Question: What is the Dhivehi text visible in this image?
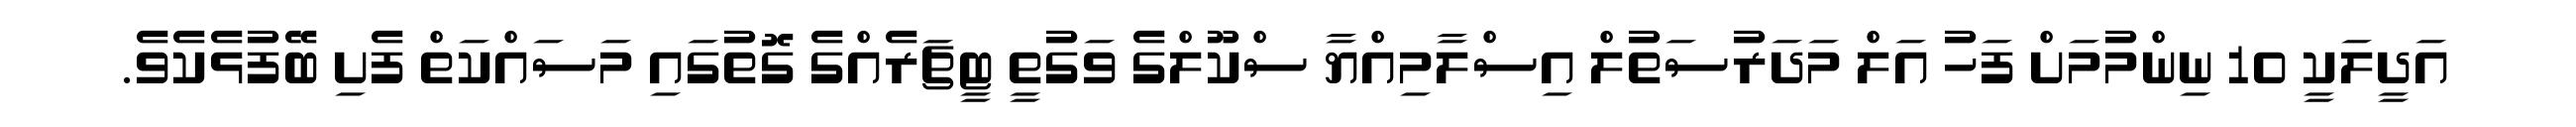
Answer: އަދީލަކީ 10 ނިންމުމަށް ފަހު އަލް މަދަރުސަތުލް އިސްލާމިއްޔާ ސްކޫލްގެ ވަގުތީ ޓީޗަރެއްގެ ގޮތުގައި މަސައްކަތް ފެށި ބޭފުޅެކެވެ.